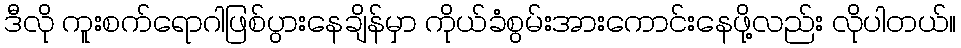
ဒီလို ကူးစက်ရောဂါဖြစ်ပွားနေချိန်မှာ ကိုယ်ခံစွမ်းအားကောင်းနေဖို့လည်း လိုပါတယ်။